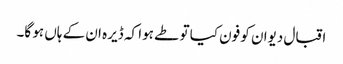
اقبال دیوان کو فون کیا تو طے ہوا کہ ڈیرہ ان کے ہاں ہو گا۔